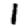
Digit: 1